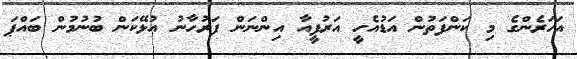
އަހަރެންގެ މި ކަންފަތުން އަޑުއެހީ އަރުފީއާ އިންނަން ފަރުހާނު އުޅޭކަން ބުނުމުން ބައްޕަ